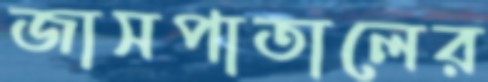
জাসপাতালের